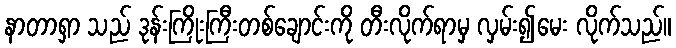
နာတာရှာ သည် ဒုန်းကြိုးကြီးတစ်ချောင်းကို တီးလိုက်ရာမှ လှမ်း၍မေး လိုက်သည်။